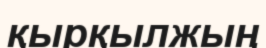
қырқылжың